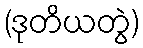
(ဒုတိယတွဲ)